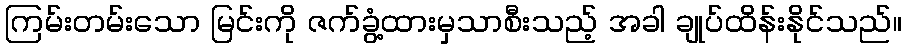
ကြမ်းတမ်းသော မြင်းကို ဇက်ခွံ့ထားမှသာစီးသည့် အခါ ချုပ်ထိန်းနိုင်သည်။